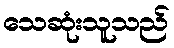
သေဆုံးသူသည်